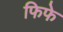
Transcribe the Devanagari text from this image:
फिफे